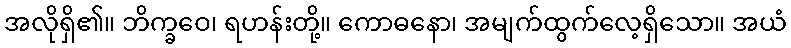
အလိုရှိ၏။ ဘိက္ခဝေ၊ ရဟန်းတို့။ ကောဓနော၊ အမျက်ထွက်လေ့ရှိသော။ အယံ